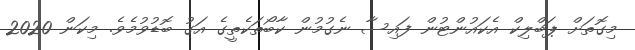
މިގޮތަށް ޕަބްލިކް އެކައުންޓުން ފައިސާ ނެގުމުން ކާބޯތަކެތީގެ އަގު ބޮޑުވުމެވެ. މިކަން 2020